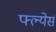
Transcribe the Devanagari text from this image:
फ्ल्येर्स